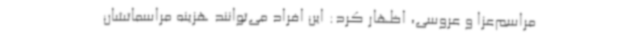
مراسم‌عزا و عروسی، اظهار کرد: این افراد می‌توانند هزینه مراسماتشان